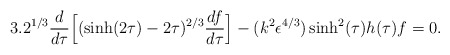
\begin{align*}3.2^{1/3} \frac {d}{d \tau} \Big[ (\sinh (2 \tau) - 2 \tau)^{2/3} \frac {df}{d \tau} \Big] - (k^2 \epsilon^{4/3}) \sinh^2 (\tau) h(\tau) f = 0.\end{align*}